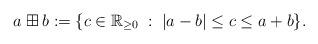
LaTeX: \begin{align*}a \boxplus b := \{ c \in {\mathbb R}_{\geq 0} \; : \; |a-b| \leq c \leq a+b \}.\end{align*}